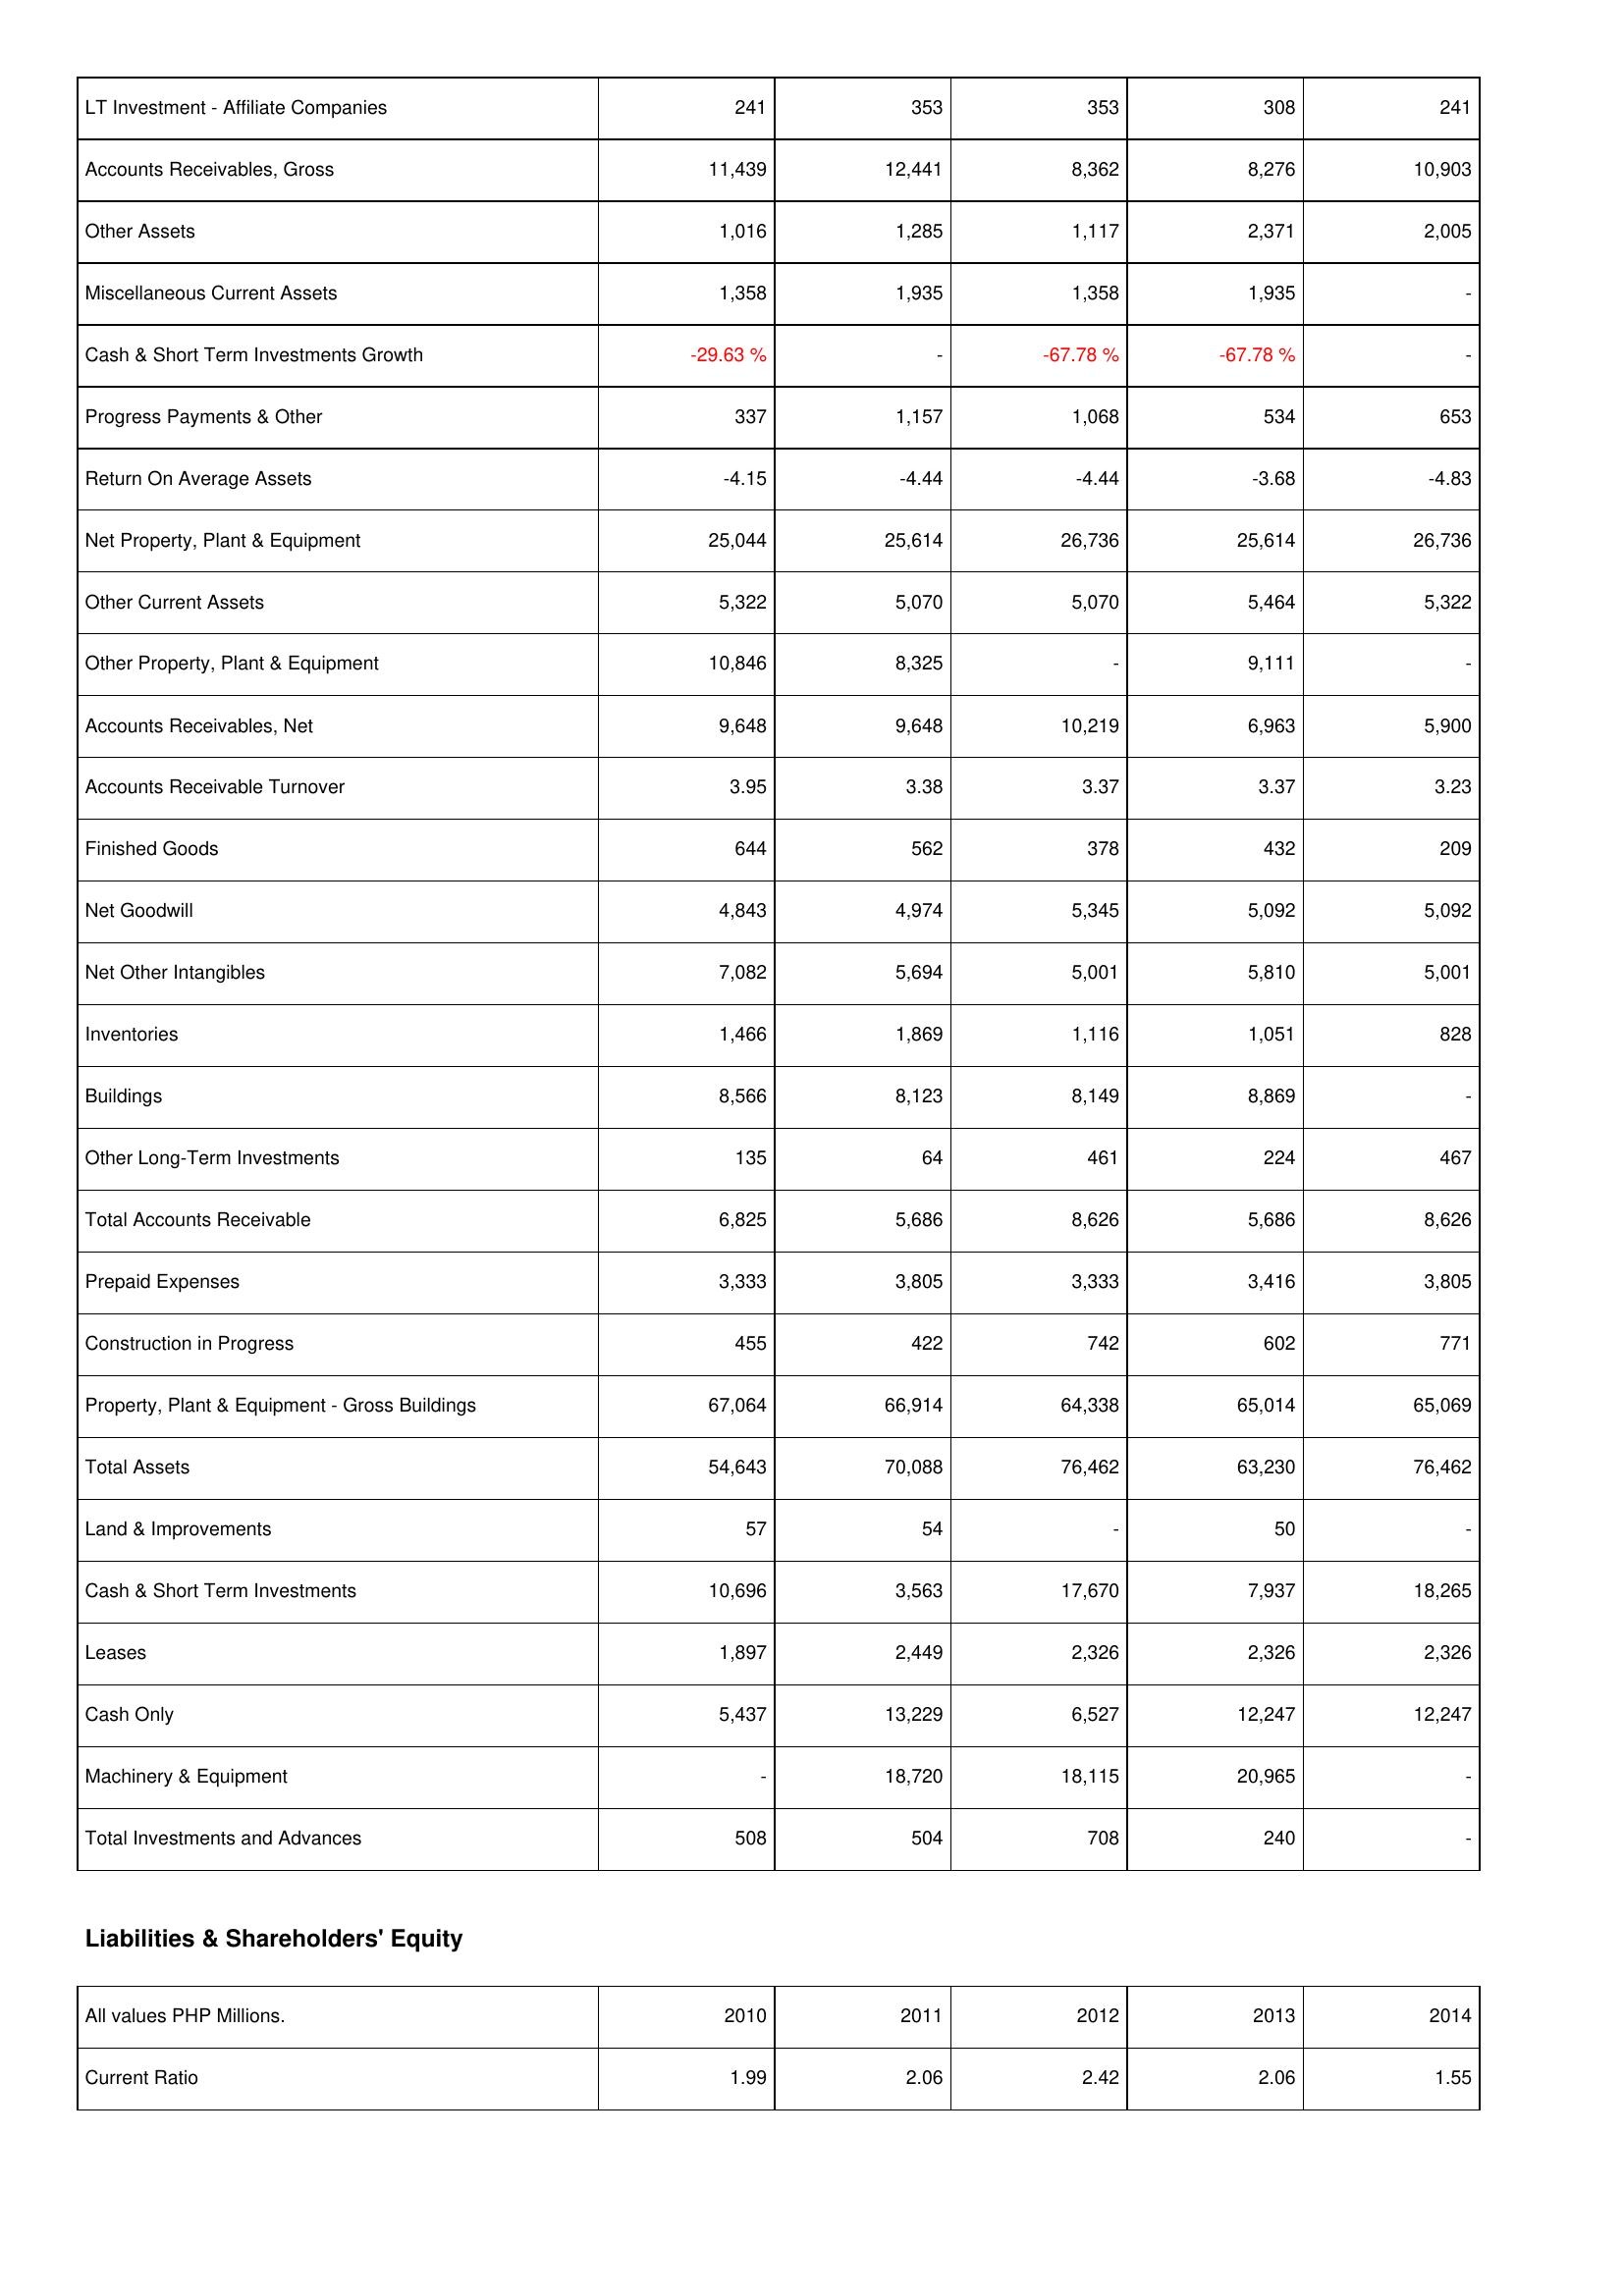
2010: Assets: LT Investment - Affiliate Companies: 241
Accounts Receivables, Gross: 11,439
Other Assets: 1,016
Miscellaneous Current Assets: 1,358
Cash & Short Term Investments Growth: -29.63 %
Progress Payments & Other: 337
Return On Average Assets: -4.15
Net Property, Plant & Equipment: 25,044
Other Current Assets: 5,322
Other Property, Plant & Equipment: 10,846
Accounts Receivables, Net: 9,648
Accounts Receivable Turnover: 3.95
Finished Goods: 644
Net Goodwill: 4,843
Net Other Intangibles: 7,082
Inventories: 1,466
Buildings: 8,566
Other Long-Term Investments: 135
Total Accounts Receivable: 6,825
Prepaid Expenses: 3,333
Construction in Progress: 455
Property, Plant & Equipment - Gross Buildings: 67,064
Total Assets: 54,643
Land & Improvements: 57
Cash & Short Term Investments: 10,696
Leases: 1,897
Cash Only: 5,437
Machinery & Equipment: -
Total Investments and Advances: 508
Liabilities & Shareholders' Equity: Current Ratio: 1.99
2011: Assets: LT Investment - Affiliate Companies: 353
Accounts Receivables, Gross: 12,441
Other Assets: 1,285
Miscellaneous Current Assets: 1,935
Cash & Short Term Investments Growth: -
Progress Payments & Other: 1,157
Return On Average Assets: -4.44
Net Property, Plant & Equipment: 25,614
Other Current Assets: 5,070
Other Property, Plant & Equipment: 8,325
Accounts Receivables, Net: 9,648
Accounts Receivable Turnover: 3.38
Finished Goods: 562
Net Goodwill: 4,974
Net Other Intangibles: 5,694
Inventories: 1,869
Buildings: 8,123
Other Long-Term Investments: 64
Total Accounts Receivable: 5,686
Prepaid Expenses: 3,805
Construction in Progress: 422
Property, Plant & Equipment - Gross Buildings: 66,914
Total Assets: 70,088
Land & Improvements: 54
Cash & Short Term Investments: 3,563
Leases: 2,449
Cash Only: 13,229
Machinery & Equipment: 18,720
Total Investments and Advances: 504
Liabilities & Shareholders' Equity: Current Ratio: 2.06
2012: Assets: LT Investment - Affiliate Companies: 353
Accounts Receivables, Gross: 8,362
Other Assets: 1,117
Miscellaneous Current Assets: 1,358
Cash & Short Term Investments Growth: -67.78 %
Progress Payments & Other: 1,068
Return On Average Assets: -4.44
Net Property, Plant & Equipment: 26,736
Other Current Assets: 5,070
Other Property, Plant & Equipment: -
Accounts Receivables, Net: 10,219
Accounts Receivable Turnover: 3.37
Finished Goods: 378
Net Goodwill: 5,345
Net Other Intangibles: 5,001
Inventories: 1,116
Buildings: 8,149
Other Long-Term Investments: 461
Total Accounts Receivable: 8,626
Prepaid Expenses: 3,333
Construction in Progress: 742
Property, Plant & Equipment - Gross Buildings: 64,338
Total Assets: 76,462
Land & Improvements: -
Cash & Short Term Investments: 17,670
Leases: 2,326
Cash Only: 6,527
Machinery & Equipment: 18,115
Total Investments and Advances: 708
Liabilities & Shareholders' Equity: Current Ratio: 2.42
2013: Assets: LT Investment - Affiliate Companies: 308
Accounts Receivables, Gross: 8,276
Other Assets: 2,371
Miscellaneous Current Assets: 1,935
Cash & Short Term Investments Growth: -67.78 %
Progress Payments & Other: 534
Return On Average Assets: -3.68
Net Property, Plant & Equipment: 25,614
Other Current Assets: 5,464
Other Property, Plant & Equipment: 9,111
Accounts Receivables, Net: 6,963
Accounts Receivable Turnover: 3.37
Finished Goods: 432
Net Goodwill: 5,092
Net Other Intangibles: 5,810
Inventories: 1,051
Buildings: 8,869
Other Long-Term Investments: 224
Total Accounts Receivable: 5,686
Prepaid Expenses: 3,416
Construction in Progress: 602
Property, Plant & Equipment - Gross Buildings: 65,014
Total Assets: 63,230
Land & Improvements: 50
Cash & Short Term Investments: 7,937
Leases: 2,326
Cash Only: 12,247
Machinery & Equipment: 20,965
Total Investments and Advances: 240
Liabilities & Shareholders' Equity: Current Ratio: 2.06
2014: Assets: LT Investment - Affiliate Companies: 241
Accounts Receivables, Gross: 10,903
Other Assets: 2,005
Miscellaneous Current Assets: -
Cash & Short Term Investments Growth: -
Progress Payments & Other: 653
Return On Average Assets: -4.83
Net Property, Plant & Equipment: 26,736
Other Current Assets: 5,322
Other Property, Plant & Equipment: -
Accounts Receivables, Net: 5,900
Accounts Receivable Turnover: 3.23
Finished Goods: 209
Net Goodwill: 5,092
Net Other Intangibles: 5,001
Inventories: 828
Buildings: -
Other Long-Term Investments: 467
Total Accounts Receivable: 8,626
Prepaid Expenses: 3,805
Construction in Progress: 771
Property, Plant & Equipment - Gross Buildings: 65,069
Total Assets: 76,462
Land & Improvements: -
Cash & Short Term Investments: 18,265
Leases: 2,326
Cash Only: 12,247
Machinery & Equipment: -
Total Investments and Advances: -
Liabilities & Shareholders' Equity: Current Ratio: 1.55